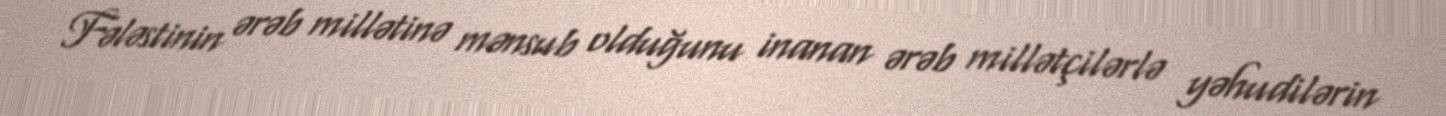
Fələstinin ərəb millətinə mənsub olduğunu inanan ərəb millətçilərlə yəhudilərin